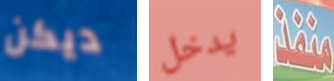
ديكن يدخل منفذ